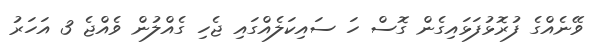
ވޭނެއްގެ ފުރޮޅުފަޅައިގެން ގޮސް ހަ ސައިކަލެއްގައި ޖެހި ގެއްލުން ވެއްޖެ 3 އަހަރު